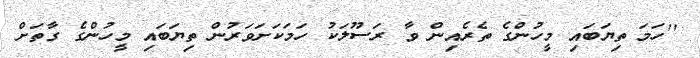
''ހަމަ ތިޔަބައި މީހުންގެ ތެރެއިން ވާ ރަސޫލަކު ހަމަކަށަވަރުން ތިޔަބައި މީހުންގެ ގާތަށް